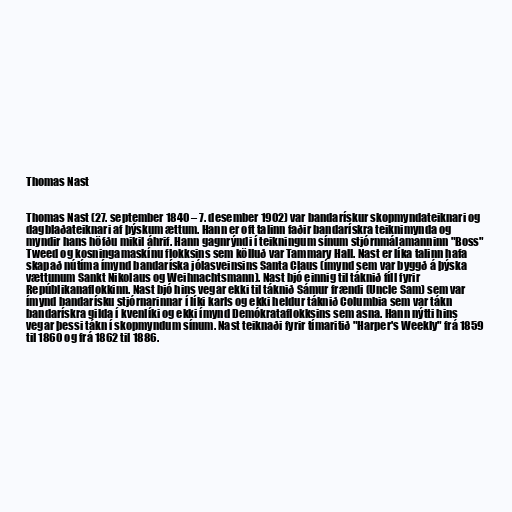
Thomas Nast

Thomas Nast (27. september 1840 – 7. desember 1902) var bandarískur skopmyndateiknari og
dagblaðateiknari af þýskum ættum. Hann er oft talinn faðir bandarískra teiknimynda og
myndir hans höfðu mikil áhrif. Hann gagnrýndi í teikningum sínum stjórnmálamanninn "Boss"
Tweed og kosningamaskínu flokksins sem kölluð var Tammary Hall. Nast er líka talinn hafa
skapað nútíma ímynd bandaríska jólasveinsins Santa Claus (ímynd sem var byggð á þýska
vættunum Sankt Nikolaus og Weihnachtsmann). Nast bjó einnig til táknið fíll fyrir
Repúblikanaflokkinn. Nast bjó hins vegar ekki til táknið Sámur frændi (Uncle Sam) sem var
ímynd bandarísku stjórnarinnar í líki karls og ekki heldur táknið Columbia sem var tákn
bandarískra gilda í kvenlíki og ekki ímynd Demókrataflokksins sem asna. Hann nýtti hins
vegar þessi tákn í skopmyndum sínum. Nast teiknaði fyrir tímaritið "Harper's Weekly" frá 1859
til 1860 og frá 1862 til 1886.